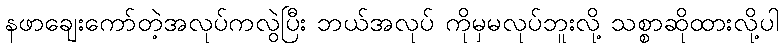
နဖာချေးကော်တဲ့အလုပ်ကလွဲပြီး ဘယ်အလုပ် ကိုမှမလုပ်ဘူးလို့ သစ္စာဆိုထားလို့ပါ